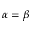
\alpha = \beta